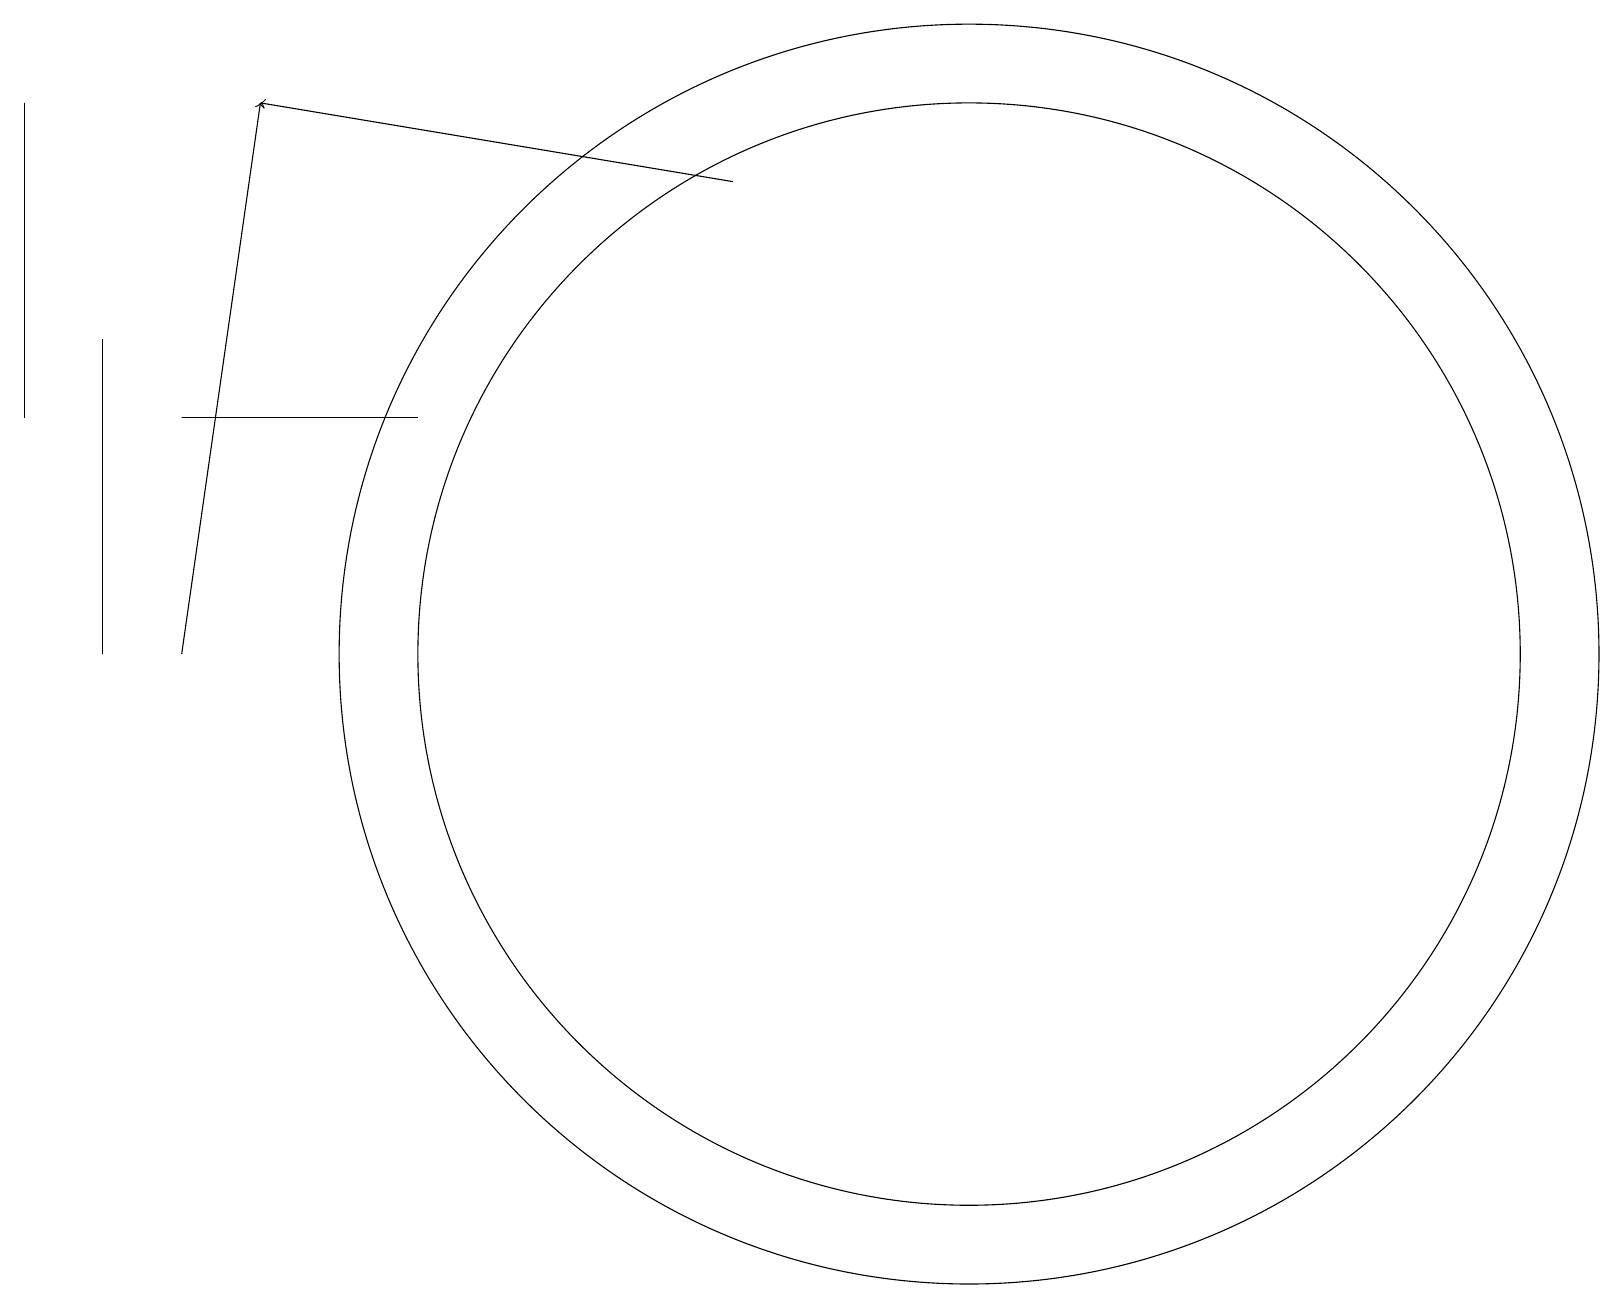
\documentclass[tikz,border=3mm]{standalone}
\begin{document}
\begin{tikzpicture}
\draw[->] (9,16) -- (3,17);
\draw (12,10) circle (8);
\draw (1,14) rectangle (1,10);
\draw[->] (2,10) -- (3,17);
\draw (12,10) circle (7);
\draw (5,13) rectangle (2,13);
\draw (0,17) rectangle (0,13);
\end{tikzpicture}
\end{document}